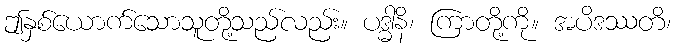
ဤနှစ်ယောက်သောသူတို့သည်လည်း။ ပဒ္ဓါနိ၊ ကြာတို့ကို။ အပိဒဿတိ၊